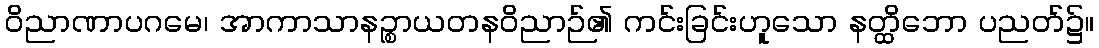
ဝိညာဏာပဂမေ၊ အာကာသာနဉ္စာယတနဝိညာဉ်၏ ကင်းခြင်းဟူသော နတ္ထိဘော ပညတ်၌။